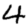
Digit: 4